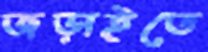
জড়াইতে